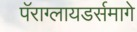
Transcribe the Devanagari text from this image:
पॅराग्लायडर्समागे